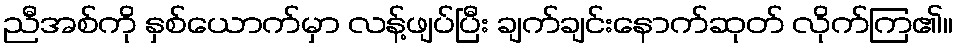
ညီအစ်ကို နှစ်ယောက်မှာ လန့်ဖျပ်ပြီး ချက်ချင်းနောက်ဆုတ် လိုက်ကြ၏။